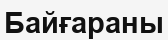
Байғараны